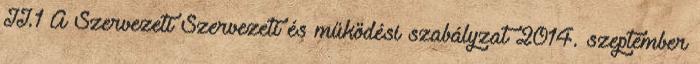
II.1 A Szervezeti Szervezeti és működési szabályzat 2014. szeptember